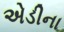
એડીના